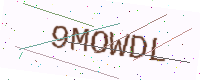
Text: 9MOWDL